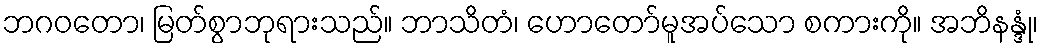
ဘဂဝတော၊ မြတ်စွာဘုရားသည်။ ဘာသိတံ၊ ဟောတော်မူအပ်သော စကားကို။ အဘိနန္ဒုံ၊